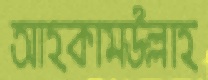
আহকামউল্লাহ